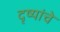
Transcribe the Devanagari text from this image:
दृष्यांचे